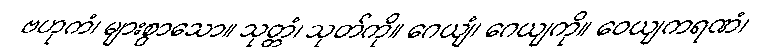
ဗဟုကံ၊ များစွာသော။ သုတ္တံ၊ သုတ်ကို။ ဂေယျံ၊ ဂေယျကို။ ဝေယျကရဏံ၊